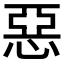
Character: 惡